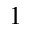
1